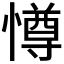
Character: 𭞵